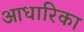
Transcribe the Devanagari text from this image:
आधारिका